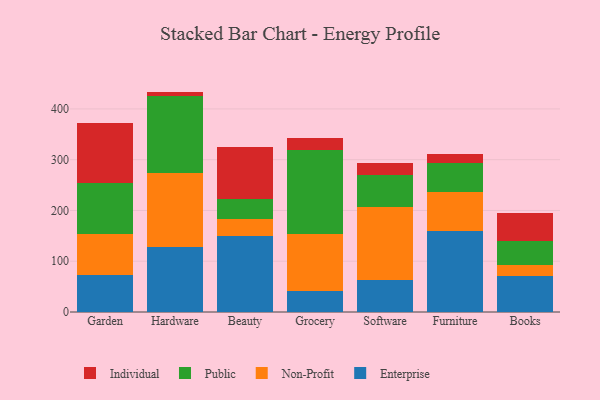
{"axis": {"x": "Category", "y": "Waste Production (Tons)"}, "legend": ["Enterprise", "Individual", "Non-Profit", "Public"], "data": [{"x": "Garden", "y": 72.8, "type": "Enterprise"}, {"x": "Garden", "y": 81.5, "type": "Non-Profit"}, {"x": "Garden", "y": 99.3, "type": "Public"}, {"x": "Garden", "y": 118.3, "type": "Individual"}, {"x": "Hardware", "y": 127.4, "type": "Enterprise"}, {"x": "Hardware", "y": 147.1, "type": "Non-Profit"}, {"x": "Hardware", "y": 150.9, "type": "Public"}, {"x": "Hardware", "y": 8.7, "type": "Individual"}, {"x": "Beauty", "y": 150.6, "type": "Enterprise"}, {"x": "Beauty", "y": 31.6, "type": "Non-Profit"}, {"x": "Beauty", "y": 40.3, "type": "Public"}, {"x": "Beauty", "y": 102.9, "type": "Individual"}, {"x": "Grocery", "y": 42.0, "type": "Enterprise"}, {"x": "Grocery", "y": 112.0, "type": "Non-Profit"}, {"x": "Grocery", "y": 164.9, "type": "Public"}, {"x": "Grocery", "y": 23.5, "type": "Individual"}, {"x": "Software", "y": 62.9, "type": "Enterprise"}, {"x": "Software", "y": 143.5, "type": "Non-Profit"}, {"x": "Software", "y": 63.5, "type": "Public"}, {"x": "Software", "y": 23.6, "type": "Individual"}, {"x": "Furniture", "y": 159.1, "type": "Enterprise"}, {"x": "Furniture", "y": 76.5, "type": "Non-Profit"}, {"x": "Furniture", "y": 57.5, "type": "Public"}, {"x": "Furniture", "y": 18.4, "type": "Individual"}, {"x": "Books", "y": 70.5, "type": "Enterprise"}, {"x": "Books", "y": 22.7, "type": "Non-Profit"}, {"x": "Books", "y": 45.7, "type": "Public"}, {"x": "Books", "y": 56.1, "type": "Individual"}]}